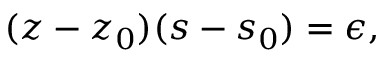
( z - z _ { 0 } ) ( s - s _ { 0 } ) = \epsilon ,